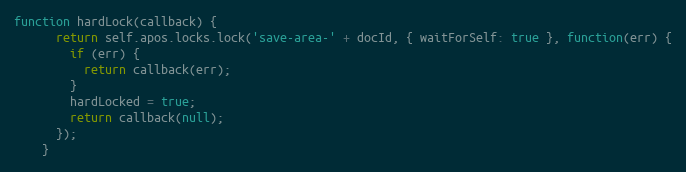
Language: JavaScript
function hardLock(callback) {
      return self.apos.locks.lock('save-area-' + docId, { waitForSelf: true }, function(err) {
        if (err) {
          return callback(err);
        }
        hardLocked = true;
        return callback(null);
      });
    }